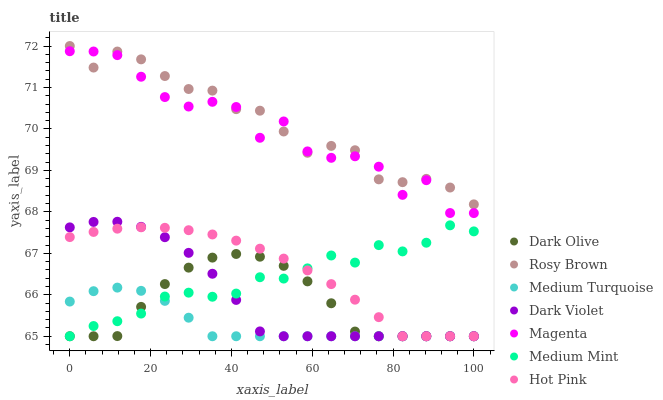
| xaxis_label | Dark Olive | Rosy Brown | Medium Turquoise | Dark Violet | Magenta | Medium Mint | Hot Pink |
 | --- | --- | --- | --- | --- | --- | --- | --- |
 | 0 | 65 | 72 | 65.8 | 67.6 | 71.9 | 65 | 67.4 |
 | 5.88 | 65 | 71.5 | 66.1 | 67.8 | 71.9 | 65.2 | 67.5 |
 | 11.8 | 65 | 71.9 | 66.2 | 67.8 | 71.8 | 65.4 | 67.6 |
 | 17.6 | 65.7 | 71.7 | 66.1 | 67.6 | 71.3 | 65.5 | 67.6 |
 | 23.5 | 66.3 | 71.3 | 65.9 | 67.4 | 70.8 | 66 | 67.6 |
 | 29.4 | 66.7 | 71 | 65.4 | 67 | 70.5 | 66.1 | 67.6 |
 | 35.3 | 66.9 | 70.9 | 65 | 66.5 | 70.7 | 66 | 67.5 |
 | 41.2 | 67 | 70.5 | 65 | 65.9 | 70.5 | 66 | 67.3 |
 | 47.1 | 66.9 | 70.4 | 65 | 65.1 | 69.8 | 66.4 | 67.1 |
 | 52.9 | 66.7 | 69.9 | 65 | 65 | 70.2 | 66.4 | 66.9 |
 | 58.8 | 66.3 | 69.4 | 65 | 65 | 69.5 | 66.6 | 66.6 |
 | 64.7 | 65.8 | 69.6 | 65 | 65 | 69.3 | 66.9 | 66.3 |
 | 70.6 | 65.1 | 69.5 | 65 | 65 | 69.3 | 66.8 | 65.9 |
 | 76.5 | 65 | 68.8 | 65 | 65 | 69.1 | 67.2 | 65.5 |
 | 82.4 | 65 | 68.7 | 65 | 65 | 68.4 | 67 | 65 |
 | 88.2 | 65 | 68.8 | 65 | 65 | 68.8 | 67.3 | 65 |
 | 94.1 | 65 | 68.6 | 65 | 65 | 68 | 67.7 | 65 |
 | 100 | 65 | 68.2 | 65 | 65 | 68 | 67.5 | 65 |